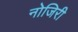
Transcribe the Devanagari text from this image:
नोजिरी